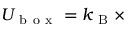
U _ { \mathrm { ~ b ~ o ~ x ~ } } = k _ { \mathrm { ~ B ~ } } \times